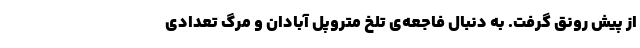
از پیش رونق گرفت. به دنبال فاجعه‌ی تلخ متروپل آبادان و مرگ تعدادی